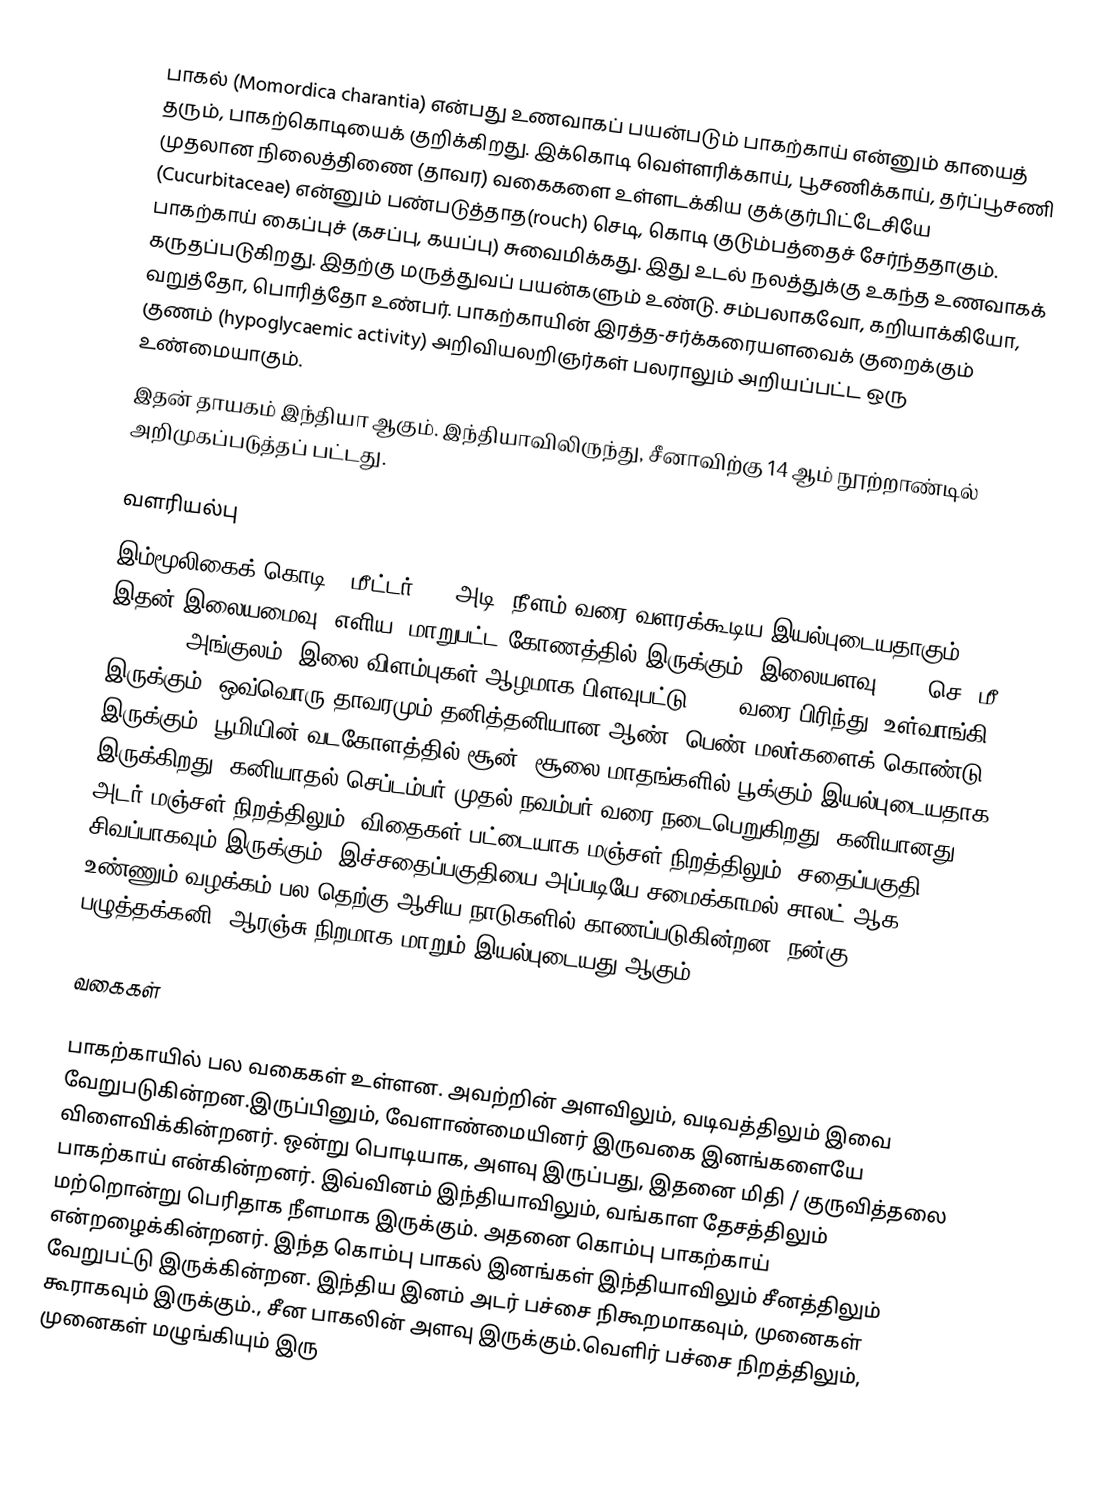
பாகல் (Momordica charantia) என்பது உணவாகப் பயன்படும் பாகற்காய் என்னும் காயைத் தரும், பாகற்கொடியைக் குறிக்கிறது. இக்கொடி வெள்ளரிக்காய், பூசணிக்காய், தர்ப்பூசணி முதலான நிலைத்திணை (தாவர) வகைகளை உள்ளடக்கிய குக்குர்பிட்டேசியே (Cucurbitaceae) என்னும் பண்படுத்தாத(rouch) செடி, கொடி குடும்பத்தைச் சேர்ந்ததாகும். பாகற்காய் கைப்புச் (கசப்பு, கயப்பு) சுவைமிக்கது. இது உடல் நலத்துக்கு உகந்த உணவாகக் கருதப்படுகிறது. இதற்கு மருத்துவப் பயன்களும் உண்டு. சம்பலாகவோ, கறியாக்கியோ, வறுத்தோ, பொரித்தோ உண்பர். பாகற்காயின் இரத்த-சர்க்கரையளவைக் குறைக்கும் குணம் (hypoglycaemic activity) அறிவியலறிஞர்கள் பலராலும் அறியப்பட்ட ஒரு உண்மையாகும்.
இதன் தாயகம் இந்தியா ஆகும். இந்தியாவிலிருந்து, சீனாவிற்கு 14 ஆம் நூற்றாண்டில் அறிமுகப்படுத்தப் பட்டது.

வளரியல்பு
இம்மூலிகைக் கொடி 5 மீட்டர் (16 அடி) நீளம் வரை வளரக்கூடிய இயல்புடையதாகும். இதன் இலையமைவு, எளிய, மாறுபட்ட கோணத்தில் இருக்கும். இலையளவு 4–12 செ. மீ. (1.6–4.7 அங்குலம்) இலை விளம்புகள் ஆழமாக பிளவுபட்டு, 3-7 வரை பிரிந்து, உள்வாங்கி இருக்கும். ஒவ்வொரு தாவரமும் தனித்தனியான ஆண், பெண் மலர்களைக் கொண்டு இருக்கும். பூமியின் வடகோளத்தில் சூன், சூலை மாதங்களில் பூக்கும் இயல்புடையதாக இருக்கிறது. கனியாதல் செப்டம்பர் முதல் நவம்பர் வரை நடைபெறுகிறது. கனியானது அடர் மஞ்சள் நிறத்திலும், விதைகள் பட்டையாக மஞ்சள் நிறத்திலும், சதைப்பகுதி சிவப்பாகவும் இருக்கும். இச்சதைப்பகுதியை அப்படியே சமைக்காமல் சாலட்  ஆக உண்ணும் வழக்கம் பல தெற்கு ஆசிய நாடுகளில் காணப்படுகின்றன. நன்கு பழுத்தக்கனி, ஆரஞ்சு நிறமாக மாறும் இயல்புடையது ஆகும்..

வகைகள்

பாகற்காயில் பல  வகைகள் உள்ளன. அவற்றின் அளவிலும், வடிவத்திலும் இவை வேறுபடுகின்றன.இருப்பினும், வேளாண்மையினர் இருவகை இனங்களையே விளைவிக்கின்றனர். ஒன்று பொடியாக,  அளவு இருப்பது, இதனை மிதி / குருவித்தலை பாகற்காய் என்கின்றனர். இவ்வினம் இந்தியாவிலும், வங்காள தேசத்திலும் மற்றொன்று பெரிதாக நீளமாக இருக்கும். அதனை கொம்பு பாகற்காய் என்றழைக்கின்றனர். இந்த கொம்பு பாகல் இனங்கள் இந்தியாவிலும் சீனத்திலும் வேறுபட்டு இருக்கின்றன. இந்திய இனம் அடர் பச்சை நிகூறமாகவும், முனைகள் கூராகவும் இருக்கும்., சீன பாகலின் அளவு  இருக்கும்.வெளிர் பச்சை நிறத்திலும், முனைகள் மழுங்கியும் இரு